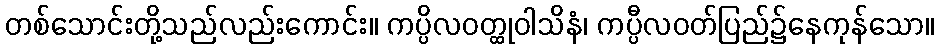
တစ်သောင်းတို့သည်လည်းကောင်း။ ကပ္ပိလဝတ္ထုဝါသိနံ၊ ကပ္ပီလဝတ်ပြည်၌နေကုန်သော။